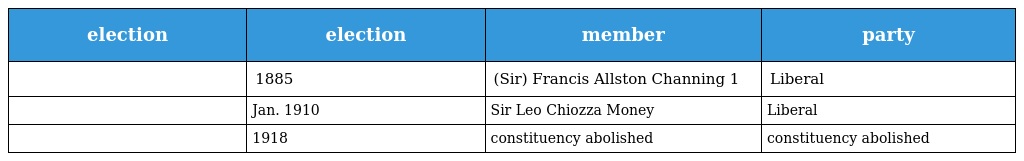
| election | election | member | party |
 | --- | --- | --- | --- |
 |  | 1885 | (Sir) Francis Allston Channing 1 | Liberal |
 |  | Jan. 1910 | Sir Leo Chiozza Money | Liberal |
 |  | 1918 | constituency abolished | constituency abolished |